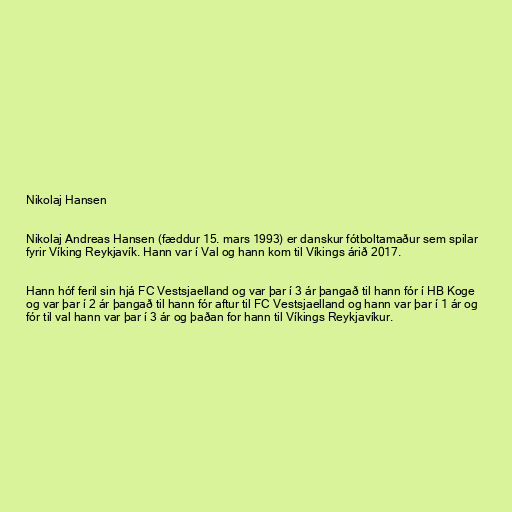
Nikolaj Hansen

Nikolaj Andreas Hansen (fæddur 15. mars 1993) er danskur fótboltamaður sem spilar
fyrir Víking Reykjavík. Hann var í Val og hann kom til Víkings árið 2017.

Hann hóf feril sin hjá FC Vestsjaelland og var þar í 3 ár þangað til hann fór í HB Koge
og var þar í 2 ár þangað til hann fór aftur til FC Vestsjaelland og hann var þar í 1 ár og
fór til val hann var þar í 3 ár og þaðan for hann til Víkings Reykjavíkur.